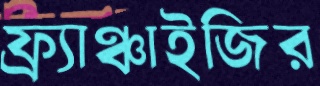
ফ্র্যাঞ্চাইজির